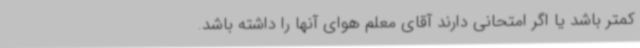
کمتر باشد یا اگر امتحانی دارند آقای معلم هوای آنها را داشته باشد.